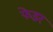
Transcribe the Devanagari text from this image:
फेडर